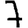
Digit: 7